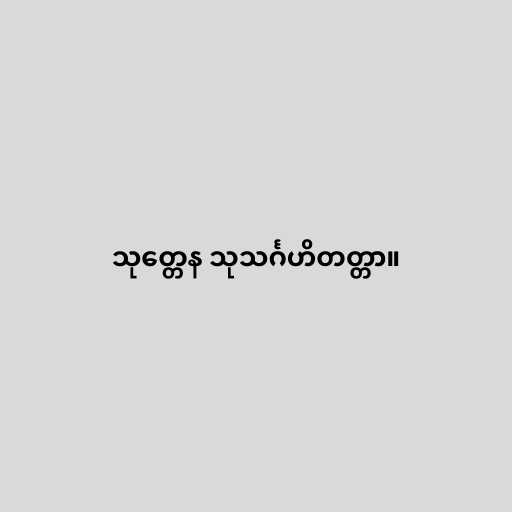
သုတ္တေန သုသင်္ဂဟိတတ္တာ။